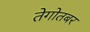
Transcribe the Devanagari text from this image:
तेगोतबर